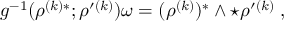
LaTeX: g ^ { - 1 } ( \rho ^ { ( k ) * } ; \rho ^ { \prime ( k ) } ) \omega = ( \rho ^ { ( k ) } ) ^ { * } \wedge \star \rho ^ { \prime ( k ) } \; ,